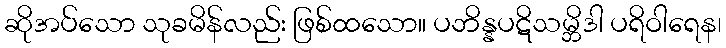
ဆိုအပ်သော သုခမိန်လည်း ဖြစ်ထသော။ ပဘိန္နပဋိသမ္ဘိဒါ ပရိဝါရေန၊